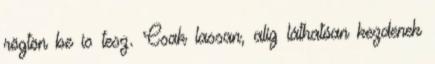
rögtön be is tesz. Csak lassan, alig láthatóan kezdenek